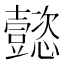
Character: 懿